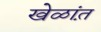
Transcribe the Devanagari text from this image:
खेळांत़